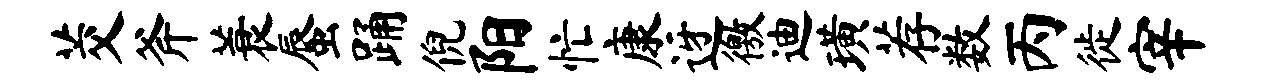
茭斧蓑蜃踊倪阳忙康迓徼迪璜荐数丙徙宰